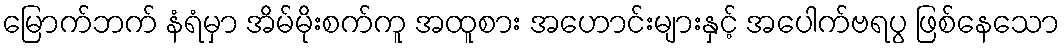
မြောက်ဘက် နံရံမှာ အိမ်မိုးစက်ကူ အထူစား အဟောင်းများနှင့် အပေါက်ဗရပွ ဖြစ်နေသော